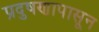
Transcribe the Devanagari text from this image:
प्रदुषणापासून